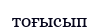
тоғысып